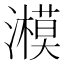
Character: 𤂨